Annual report of the Punjab Veterinary College and of the Civil Veterinary Department, Punjab - 1909-1919
Year: 1909
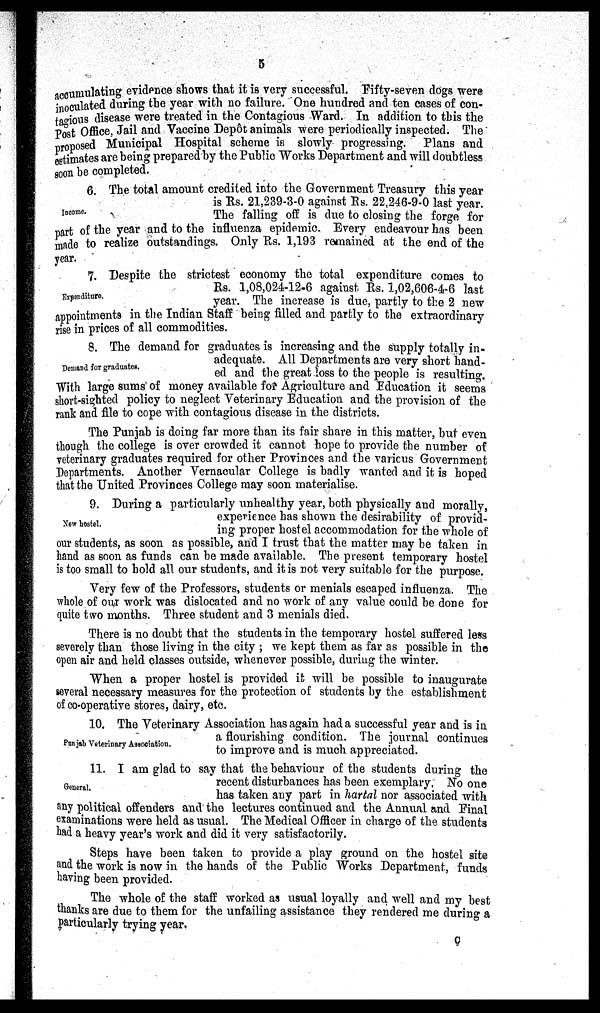
5
accumulating evidence shows that it is very successful. Fifty-seven dogs were
inoculated during the year with no failure. One hundred and ten cases of con-
tagious disease were treated in the Contagious Ward. In addition to this the
post Office, Jail and Vaccine Depôt animals were periodically inspected. The
proposed Municipal Hospital scheme is slowly progressing. Plans and
estimates are being prepared by the Public Works Department and will doubtless
soon be completed.
Income.
6.The total amount credited into the Government Treasury this year
is Rs. 21,239-3-0 against Rs. 22,246-9-0 last year.
The falling off is due to closing the forge for
part of the year and to the influenza epidemic. Every endeavour has been
made to realize outstandings. Only Rs. 1,193 remained at the end of the
year.
Expenditure.
7.Despite the strictest economy the total expenditure comes to
Rs. 1,08,024-12-6 against Rs. 1,02,606-4-6 last
year. The increase is due, partly to the 2 new
appointments in the Indian Staff being filled and partly to the extraordinary
rise in prices of all commodities.
Demand for graduates.
8. The demand for graduates is increasing and the supply totally in-
adequate. All Departments are very short hand-
ed and the great loss to the people is resulting.
With large sums of money available for Agriculture and Education it seems
short-sighted policy to neglect Veterinary Education and the provision of the
rank and file to cope with contagious disease in the districts.
The Punjab is doing far more than its fair share in this matter, but even
though the college is over crowded it cannot hope to provide the number of
veterinary graduates required for other Provinces and the various Government
Departments. Another Vernacular College is badly wanted and it is hoped
that the United Provinces College may soon materialise.
New hostel.
9. During a particularly unhealthy year, both physically and morally,
experience has shown the desirability of provid-
ing proper hostel accommodation for the whole of
our students, as soon as possible, and I trust that the matter may be taken in
hand as soon as funds can be made available. The present temporary hostel
is too small to hold all our students, and it is not very suitable for the purpose.
Very few of the Professors, students or menials escaped influenza. The
whole of our work was dislocated and no work of any value could be done for
quite two months. Three student and 3 menials died.
There is no doubt that the students in the temporary hostel suffered less
severely than those living in the city ; we kept them as far as possible in the
open air and held classes outside, whenever possible, during the winter.
When a proper hostel is provided it will be possible to inaugurate
several necessary measures for the protection of students by the establishment
of co-operative stores, dairy, etc.
Punjab Veterinary Association.
10. The Veterinary Association has again had a successful year and is in
a flourishing condition. The journal continues
to improve and is much appreciated.
General.
11. I am glad to say that the behaviour of the students during the
recent disturbances has been exemplary. No one
has taken any part in hartal nor associated with
any political offenders and the lectures continued and the Annual and Final
examinations were held as usual. The Medical Officer in charge of the students
had a heavy year's work and did it very satisfactorily.
Steps have been taken to provide a play ground on the hostel site
and the work is now in the hands of the Public Works Department, funds
having been provided.
The whole of the staff worked as usual loyally and well and my best
thanks are due to them for the unfailing assistance they rendered me during a
particularly trying year.
C